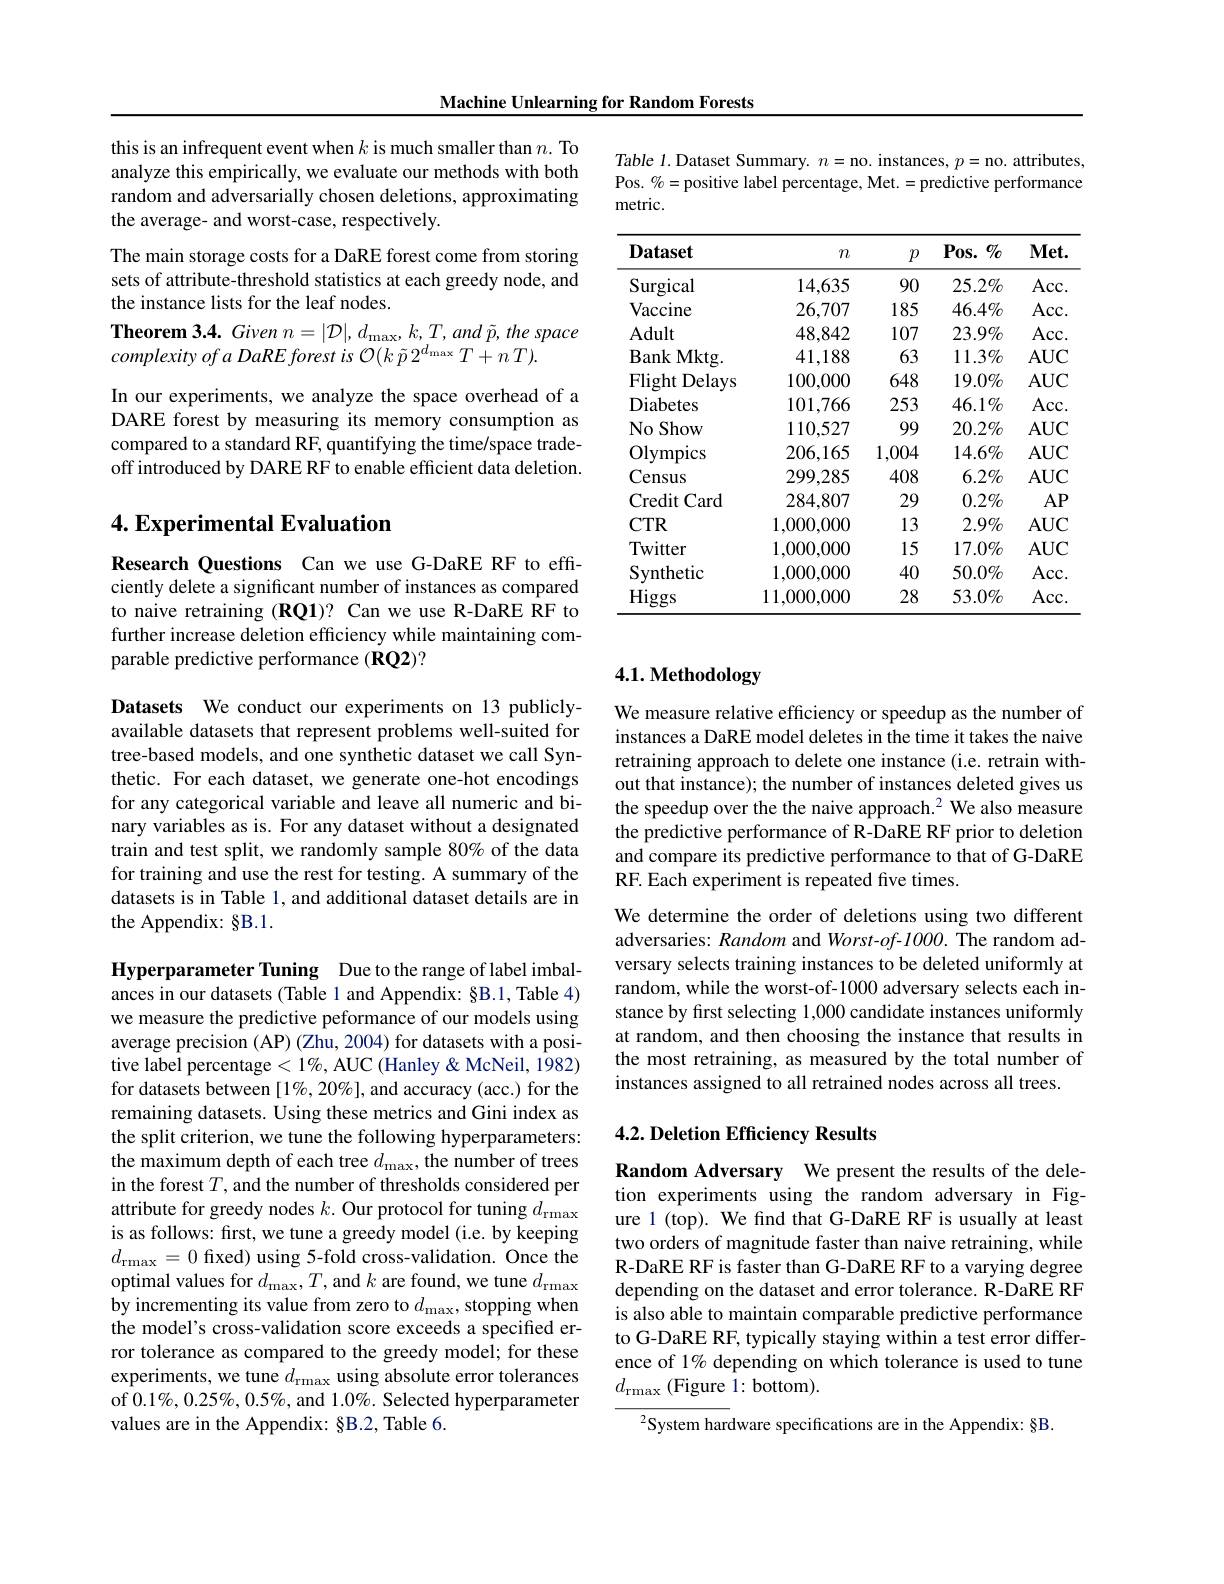
Machine Unlearning for Random Forests

this is an infrequent event when $k$ is much smaller than $n.$ To analyze this empirically, we evaluate our methods with both random and adversarially chosen deletions, approximating the average- and worst-case, respectively.
The main storage costs for a DaRE forest come from storing sets of attribute-threshold statistics at each greedy node, and the instance lists for the leaf nodes.
$\textbf{Theorem 3. 4. Given }n= | \mathcal{D} | , d_{\mathrm{max}}, k, T, and\tilde{p} , the$ space
In our experiments, we analyze the space overhead of a DARE forest by measuring its memory consumption as compared to a standard RF, quantifying the time/space tradeoff introduced by DARE RF to enable efficient data deletion.

## 4. Experimental Evaluation

Research Questions Can we use G-DaRE RF to effciently delete a significant number of instances as compared to naive retraining (RQ1)? Can we use R-DaRE RF to further increase deletion efficiency while maintaining comparable predictive performance (RQ2)?

Datasets We conduct our experiments on 13 publiclyavailable datasets that represent problems well-suited for tree-based models, and one synthetic dataset we call Synthetic. For each dataset, we generate one-hot encodings for any categorical variable and leave all numeric and binary variables as is. For any dataset without a designated train and test split, we randomly sample 80% of the data for training and use the rest for testing. A summary of the datasets is in Table 1, and additional dataset details are in the Appendix: §B.1.

Hyperparameter Tuning Due to the range of label imbalances in our datasets (Table 1 and Appendix: §B.1, Table 4) we measure the predictive peformance of our models using average precision (AP) (Zhu, 2004) for datasets with a positive label percentage $<1\%$, AUC (Hanley & McNeil, 1982) for datasets between [1%, 20%], and accuracy (acc.) for the remaining datasets. Using these metrics and Gini index as the split criterion, we tune the following hyperparameters: the maximum depth of each tree $d_\mathrm{max}$, the number of trees in the forest $T$, and the number of thresholds considered per attribute for greedy nodes $k.$ Our protocol for tuning $d_\mathrm{rmax}$ is as follows: first, we tune a greedy model (i.e. by keeping $d_{\mathrm{rmax}}=0$ fixed) using 5-fold cross-validation. Once the optimal values for $d_\mathrm{max},T$, and $k$ are found, we tune $d_\mathrm{rmax}$ by incrementing its value from zero to $d_\mathrm{max}$, stopping when the model's cross-validation score exceeds a specified error tolerance as compared to the greedy model; for these experiments, we tune $d_\mathrm{rmax}$ using absolute error tolerances of $0.1\%,0.25\%,0.5\%$, and $1.0\%.$ Selected hyperparameter values are in the Appendix: §B.2, Table 6.

Table 1. Dataset Summary. $n=$no. instances, $p=$no. attributes, Pos. $\%=$positive label percentage, Met.=predictive performance metric.

<table>
	<tbody>
		<tr>
			<th>$\mathbf{Dataset}$</th>
			<th>$m$</th>
			<th>$p$</th>
			<th>$Pos.\%$</th>
			<th>$\mathbf{Met.}$</th>
		</tr>
		<tr>
			<td>Surgical</td>
			<td>14,635</td>
			<td>90</td>
			<td>$25.2\%$</td>
			<td>$Acc.$</td>
		</tr>
		<tr>
			<td>$\operatorname{Vaccine}$</td>
			<td>26,707</td>
			<td>185</td>
			<td>$46.4\%$</td>
			<td>$Acc.$</td>
		</tr>
		<tr>
			<td>Adult</td>
			<td>48,842</td>
			<td>107</td>
			<td>$23.9\%$</td>
			<td>$Acc.$</td>
		</tr>
		<tr>
			<td>Bank Mktg. </td>
			<td>41,188</td>
			<td>63</td>
			<td>$11.3\%$</td>
			<td>$AUC$</td>
		</tr>
		<tr>
			<td>Flight Delays</td>
			<td>100,000</td>
			<td>648</td>
			<td>$19.0\%$</td>
			<td>$AUC$</td>
		</tr>
		<tr>
			<td>Diabetes</td>
			<td>101,766</td>
			<td>253</td>
			<td>$46.1\%$</td>
			<td>$Acc.$</td>
		</tr>
		<tr>
			<td>No Show</td>
			<td>110,527</td>
			<td>99</td>
			<td>$20.2\%$</td>
			<td>$AUC$</td>
		</tr>
		<tr>
			<td>Olympics</td>
			<td>206,165</td>
			<td>1,004</td>
			<td>$14.6\%$</td>
			<td>$AUC$</td>
		</tr>
		<tr>
			<td>Census</td>
			<td>299,285</td>
			<td>408</td>
			<td>$6.2\%$</td>
			<td>$AUC$</td>
		</tr>
		<tr>
			<td>Credit Card</td>
			<td>284,807</td>
			<td>29</td>
			<td>$0.2\%$</td>
			<td>$AP$</td>
		</tr>
		<tr>
			<td>$CTR$</td>
			<td>1,000,000</td>
			<td>13</td>
			<td>$2.9\%$</td>
			<td>$AUC$</td>
		</tr>
		<tr>
			<td>Twitter</td>
			<td>1,000,000</td>
			<td>15</td>
			<td>$17.0\%$</td>
			<td>$AUC$</td>
		</tr>
		<tr>
			<td>Synthetic</td>
			<td>1,000,000</td>
			<td>40</td>
			<td>$50.0\%$</td>
			<td>Acc.</td>
		</tr>
		<tr>
			<td>Higgs</td>
			<td>11,000,000</td>
			<td>28</td>
			<td>$53.0\%$</td>
			<td>Acc.</td>
		</tr>
	</tbody>
</table>

# 4.1. Methodology

We measure relative efficiency or speedup as the number of instances a DaRE model deletes in the time it takes the naive retraining approach to delete one instance (i.e. retrain without that instance); the number of instances deleted gives us the speedup over the the naive approach.$^2$ We also measure the predictive performance of R-DaRE RF prior to deletion and compare its predictive performance to that of G-DaRE RF. Each experiment is repeated five times.

We determine the order of deletions using two different adversaries: Random and Worst-of-1000. The random adversary selects training instances to be deleted uniformly at random, while the worst-of-1000 adversary selects each instance by first selecting 1,000 candidate instances uniformly at random, and then choosing the instance that results in the most retraining, as measured by the total number of instances assigned to all retrained nodes across all trees.

## 4.2. Deletion Efficiency Results

Random Adversary We present the results of the deletion experiments using the random adversary in Figure 1 (top). We find that G-DaRE RF is usually at least two orders of magnitude faster than naive retraining, while R-DaRE RF is faster than G-DaRE RF to a varying degree depending on the dataset and error tolerance. R-DaRE RF is also able to maintain comparable predictive performance to G-DaRE RF, typically staying within a test error difference of 1% depending on which tolerance is used to tune $d_{\mathrm{rmax}}$ (Figure 1: bottom).

${^{2}\text{System hardware specifications are in the Appendix: §B.}}$